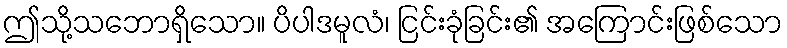
ဤသို့သဘောရှိသော။ ပိပါဒမူလံ၊ ငြင်းခုံခြင်း၏ အကြောင်းဖြစ်သော